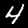
Label: 4